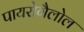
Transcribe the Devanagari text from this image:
पायरोगैलोल